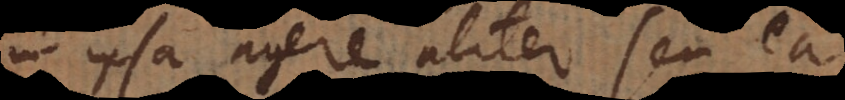
in ipsa agere aliter seu ea